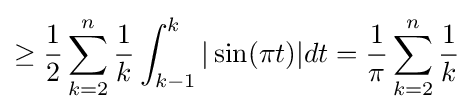
\geq {\frac {1}{2}}\sum _{k=2}^{n}{\frac {1}{k}}\int _{k-1}^{k}|\sin(\pi t)|dt={\frac {1}{\pi }}\sum _{k=2}^{n}{\frac {1}{k}}